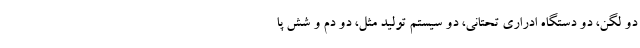
دو لگن، دو دستگاه ادراری تحتانی، دو سیستم تولید مثل، دو دم و شش پا